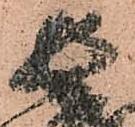
長